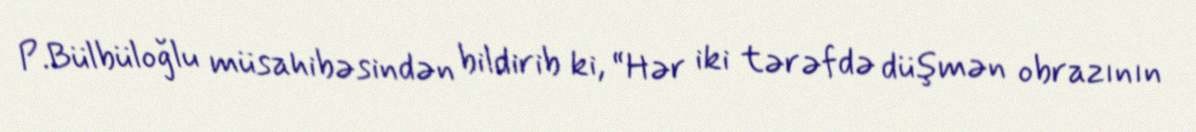
P.Bülbüloğlu müsahibəsindən bildirib ki, “Hər iki tərəfdə düşmən obrazının